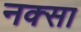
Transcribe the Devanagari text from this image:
नक्सा